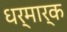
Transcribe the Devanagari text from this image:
धर्मार्क